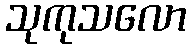
သုကုသလော